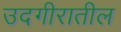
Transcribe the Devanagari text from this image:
उदगीरातील